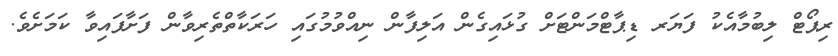
ރިޕޯޓް ލިބުމާއެކު ފަޔަރ ޑިޕާޓްމަންޓަށް ގުޅައިގެން އަލިފާން ނިއްވުމުގައި ހަރަކާތްތެރިވާން ފަށާފައިވާ ކަމަށެވެ.